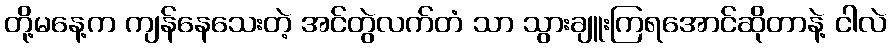
တို့မနေ့က ကျန်နေသေးတဲ့ အင်တွဲလက်တံ သာ သွားချူးကြရအောင်ဆိုတာနဲ့ ငါလဲ